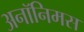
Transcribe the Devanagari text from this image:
अनॉनिमस